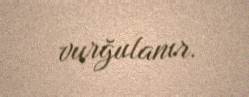
vurğulanır.